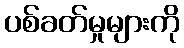
ပစ်ခတ်မှုများကို